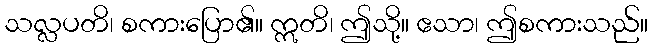
သလ္လပတိ၊ စကားပြော၏။ ဣတိ၊ ဤသို့။ ဧသာ၊ ဤစကားသည်။